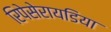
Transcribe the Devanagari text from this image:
रिपेसेरायडिया